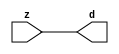

//------> /package/eda/mg/Catapult_10.3d/Mgc_home/pkgs/siflibs/mgc_in_wire_v2.v 
//------------------------------------------------------------------------------
// Catapult Synthesis - Sample I/O Port Library
//
// Copyright (c) 2003-2017 Mentor Graphics Corp.
//       All Rights Reserved
//
// This document may be used and distributed without restriction provided that
// this copyright statement is not removed from the file and that any derivative
// work contains this copyright notice.
//
// The design information contained in this file is intended to be an example
// of the functionality which the end user may study in preparation for creating
// their own custom interfaces. This design does not necessarily present a 
// complete implementation of the named protocol or standard.
//
//------------------------------------------------------------------------------


module mgc_in_wire_v2 (d, z);

  parameter integer rscid = 1;
  parameter integer width = 8;

  output [width-1:0] d;
  input  [width-1:0] z;

  wire   [width-1:0] d;

  assign d = z;

endmodule


//------> /package/eda/mg/Catapult_10.3d/Mgc_home/pkgs/siflibs/ccs_in_v1.v 
//------------------------------------------------------------------------------
// Catapult Synthesis - Sample I/O Port Library
//
// Copyright (c) 2003-2017 Mentor Graphics Corp.
//       All Rights Reserved
//
// This document may be used and distributed without restriction provided that
// this copyright statement is not removed from the file and that any derivative
// work contains this copyright notice.
//
// The design information contained in this file is intended to be an example
// of the functionality which the end user may study in preparation for creating
// their own custom interfaces. This design does not necessarily present a 
// complete implementation of the named protocol or standard.
//
//------------------------------------------------------------------------------


module ccs_in_v1 (idat, dat);

  parameter integer rscid = 1;
  parameter integer width = 8;

  output [width-1:0] idat;
  input  [width-1:0] dat;

  wire   [width-1:0] idat;

  assign idat = dat;

endmodule


//------> /package/eda/mg/Catapult_10.3d/Mgc_home/pkgs/siflibs/ccs_out_v1.v 
//------------------------------------------------------------------------------
// Catapult Synthesis - Sample I/O Port Library
//
// Copyright (c) 2003-2015 Mentor Graphics Corp.
//       All Rights Reserved
//
// This document may be used and distributed without restriction provided that
// this copyright statement is not removed from the file and that any derivative
// work contains this copyright notice.
//
// The design information contained in this file is intended to be an example
// of the functionality which the end user may study in preparation for creating
// their own custom interfaces. This design does not necessarily present a 
// complete implementation of the named protocol or standard.
//
//------------------------------------------------------------------------------

module ccs_out_v1 (dat, idat);

  parameter integer rscid = 1;
  parameter integer width = 8;

  output   [width-1:0] dat;
  input    [width-1:0] idat;

  wire     [width-1:0] dat;

  assign dat = idat;

endmodule




//------> /package/eda/mg/Catapult_10.3d/Mgc_home/pkgs/siflibs/mgc_io_sync_v2.v 
//------------------------------------------------------------------------------
// Catapult Synthesis - Sample I/O Port Library
//
// Copyright (c) 2003-2017 Mentor Graphics Corp.
//       All Rights Reserved
//
// This document may be used and distributed without restriction provided that
// this copyright statement is not removed from the file and that any derivative
// work contains this copyright notice.
//
// The design information contained in this file is intended to be an example
// of the functionality which the end user may study in preparation for creating
// their own custom interfaces. This design does not necessarily present a 
// complete implementation of the named protocol or standard.
//
//------------------------------------------------------------------------------


module mgc_io_sync_v2 (ld, lz);
    parameter valid = 0;

    input  ld;
    output lz;

    wire   lz;

    assign lz = ld;

endmodule


//------> /package/eda/mg/Catapult_10.3d/Mgc_home/pkgs/ccs_altera/hdl/M10K_DP.v 
// Memory Type:            M10K
// Operating Mode:         Simple Dual Port (2-PORT)
// Clock Mode:             Single Clock

// RTL Code RW Resolution: write-thru 
// Hardware RW Resolution: dont care 
// Catapult RW Resolution: unknown 

// HDL Work Library:       Altera_RAMS_lib
// Component Name:         M10K_DP

module M10K_DP
#(
  parameter data_width = 8,
  parameter addr_width = 7,
  parameter depth = 128 
)(
  clk, adra, adrb, wea, web, da, db, rea, reb, qa, qb
);

  input clk;                     // Rising edge clock
  input [addr_width-1:0] adra;   // Port A - Address
  input [addr_width-1:0] adrb;   // Port B - Address
  input wea;                     // Port A - Write-enable active high
  input web;                     // Port B - Write-enable active high
  input [data_width-1:0] da;     // Port A - Data In
  input [data_width-1:0] db;     // Port B - Data In
  input rea;                     // Port A - Read-enable active high
  input reb;                     // Port B - Read-enable active high
  output[data_width-1:0] qa;     // Port A - Data Out
  output[data_width-1:0] qb;     // Port B - Data Out

  reg [data_width-1:0] qa;
  reg [data_width-1:0] qb;

  (* ramstyle = "no_rw_check, M10K" *)
  reg [data_width-1:0] mem [depth-1:0]; /* synthesis syn_ramstyle = "no_rw_check, M10K" */

  always @(posedge clk) begin
    if (wea) begin
      mem[adra] <= da;
    end
    if (rea) begin
      qa <= mem[adra];
    end
  end

  always @(posedge clk) begin
    if (web) begin
      mem[adrb] <= db;
    end
    if (reb) begin
      qb <= mem[adrb] ;
    end
  end

endmodule


//------> ./rtl.v 
// ----------------------------------------------------------------------
//  HLS HDL:        Verilog Netlister
//  HLS Version:    10.3d/815731 Production Release
//  HLS Date:       Wed Apr 24 14:54:19 PDT 2019
// 
//  Generated by:   695r48@ecegrid-thin4.ecn.purdue.edu
//  Generated date: Wed Nov 10 15:48:11 2021
// ----------------------------------------------------------------------

// 
// ------------------------------------------------------------------
//  Design Unit:    fir_Altera_M10K_M10K_DP_rwport_4_16_5_32_32_16_gen
// ------------------------------------------------------------------


module fir_Altera_M10K_M10K_DP_rwport_4_16_5_32_32_16_gen (
  qb, reb, db, web, adrb, qa, rea, da, wea, adra, adra_d, wea_d, da_d, rea_d, qa_d,
      rwportA_rw_ram_ir_internal_RMASK_B_d, rwportA_rw_ram_ir_internal_WMASK_B_d
);
  input [15:0] qb;
  output reb;
  output [15:0] db;
  output web;
  output [4:0] adrb;
  input [15:0] qa;
  output rea;
  output [15:0] da;
  output wea;
  output [4:0] adra;
  input [9:0] adra_d;
  input [1:0] wea_d;
  input [31:0] da_d;
  input [1:0] rea_d;
  output [31:0] qa_d;
  input [1:0] rwportA_rw_ram_ir_internal_RMASK_B_d;
  input [1:0] rwportA_rw_ram_ir_internal_WMASK_B_d;



  // Interconnect Declarations for Component Instantiations 
  assign qa_d[31:16] = qb;
  assign reb = (rwportA_rw_ram_ir_internal_RMASK_B_d[1]);
  assign db = (da_d[31:16]);
  assign web = (rwportA_rw_ram_ir_internal_WMASK_B_d[1]);
  assign adrb = (adra_d[9:5]);
  assign qa_d[15:0] = qa;
  assign rea = (rwportA_rw_ram_ir_internal_RMASK_B_d[0]);
  assign da = (da_d[15:0]);
  assign wea = (rwportA_rw_ram_ir_internal_WMASK_B_d[0]);
  assign adra = (adra_d[4:0]);
endmodule

// ------------------------------------------------------------------
//  Design Unit:    fir_core_core_fsm
//  FSM Module
// ------------------------------------------------------------------


module fir_core_core_fsm (
  clk, rst, fsm_output, regs_vinit_C_1_tr0, MAC_C_3_tr0
);
  input clk;
  input rst;
  output [13:0] fsm_output;
  reg [13:0] fsm_output;
  input regs_vinit_C_1_tr0;
  input MAC_C_3_tr0;


  // FSM State Type Declaration for fir_core_core_fsm_1
  parameter
    core_rlp_C_0 = 4'd0,
    regs_vinit_C_0 = 4'd1,
    regs_vinit_C_1 = 4'd2,
    main_C_0 = 4'd3,
    main_C_1 = 4'd4,
    MAC_C_0 = 4'd5,
    MAC_C_1 = 4'd6,
    MAC_C_2 = 4'd7,
    MAC_C_3 = 4'd8,
    MAC_C_4 = 4'd9,
    MAC_C_5 = 4'd10,
    MAC_C_6 = 4'd11,
    MAC_C_7 = 4'd12,
    main_C_2 = 4'd13;

  reg [3:0] state_var;
  reg [3:0] state_var_NS;


  // Interconnect Declarations for Component Instantiations 
  always @(*)
  begin : fir_core_core_fsm_1
    case (state_var)
      regs_vinit_C_0 : begin
        fsm_output = 14'b00000000000010;
        state_var_NS = regs_vinit_C_1;
      end
      regs_vinit_C_1 : begin
        fsm_output = 14'b00000000000100;
        if ( regs_vinit_C_1_tr0 ) begin
          state_var_NS = regs_vinit_C_0;
        end
        else begin
          state_var_NS = main_C_0;
        end
      end
      main_C_0 : begin
        fsm_output = 14'b00000000001000;
        state_var_NS = main_C_1;
      end
      main_C_1 : begin
        fsm_output = 14'b00000000010000;
        state_var_NS = MAC_C_0;
      end
      MAC_C_0 : begin
        fsm_output = 14'b00000000100000;
        state_var_NS = MAC_C_1;
      end
      MAC_C_1 : begin
        fsm_output = 14'b00000001000000;
        state_var_NS = MAC_C_2;
      end
      MAC_C_2 : begin
        fsm_output = 14'b00000010000000;
        state_var_NS = MAC_C_3;
      end
      MAC_C_3 : begin
        fsm_output = 14'b00000100000000;
        if ( MAC_C_3_tr0 ) begin
          state_var_NS = main_C_2;
        end
        else begin
          state_var_NS = MAC_C_4;
        end
      end
      MAC_C_4 : begin
        fsm_output = 14'b00001000000000;
        state_var_NS = MAC_C_5;
      end
      MAC_C_5 : begin
        fsm_output = 14'b00010000000000;
        state_var_NS = MAC_C_6;
      end
      MAC_C_6 : begin
        fsm_output = 14'b00100000000000;
        state_var_NS = MAC_C_7;
      end
      MAC_C_7 : begin
        fsm_output = 14'b01000000000000;
        state_var_NS = MAC_C_0;
      end
      main_C_2 : begin
        fsm_output = 14'b10000000000000;
        state_var_NS = main_C_0;
      end
      // core_rlp_C_0
      default : begin
        fsm_output = 14'b00000000000001;
        state_var_NS = regs_vinit_C_0;
      end
    endcase
  end

  always @(posedge clk) begin
    if ( rst ) begin
      state_var <= core_rlp_C_0;
    end
    else begin
      state_var <= state_var_NS;
    end
  end

endmodule

// ------------------------------------------------------------------
//  Design Unit:    fir_core
// ------------------------------------------------------------------


module fir_core (
  clk, rst, coeffs_rsc_z, coeffs_rsc_triosy_lz, in1_rsc_dat, in1_rsc_triosy_lz, out1_rsc_dat,
      out1_rsc_triosy_lz, regs_rsci_adra_d, regs_rsci_wea_d, regs_rsci_da_d, regs_rsci_rea_d,
      regs_rsci_qa_d, regs_rsci_rwportA_rw_ram_ir_internal_RMASK_B_d, regs_rsci_rwportA_rw_ram_ir_internal_WMASK_B_d
);
  input clk;
  input rst;
  input [511:0] coeffs_rsc_z;
  output coeffs_rsc_triosy_lz;
  input [15:0] in1_rsc_dat;
  output in1_rsc_triosy_lz;
  output [15:0] out1_rsc_dat;
  output out1_rsc_triosy_lz;
  output [9:0] regs_rsci_adra_d;
  output [1:0] regs_rsci_wea_d;
  output [15:0] regs_rsci_da_d;
  output [1:0] regs_rsci_rea_d;
  input [31:0] regs_rsci_qa_d;
  output [1:0] regs_rsci_rwportA_rw_ram_ir_internal_RMASK_B_d;
  output [1:0] regs_rsci_rwportA_rw_ram_ir_internal_WMASK_B_d;


  // Interconnect Declarations
  wire [511:0] coeffs_rsci_d;
  wire [15:0] in1_rsci_idat;
  reg [15:0] out1_rsci_idat;
  wire [13:0] fsm_output;
  wire [4:0] MAC_slc_MAC_2_MAC_acc_tmp;
  wire [5:0] nl_MAC_slc_MAC_2_MAC_acc_tmp;
  wire [4:0] MAC_6_else_acc_tmp;
  wire [5:0] nl_MAC_6_else_acc_tmp;
  wire or_dcpl_16;
  wire or_dcpl_27;
  wire or_tmp_39;
  wire [4:0] wptr_4_0_5_lpi_2_dfm_mx0w1;
  wire [4:0] wptr_4_0_4_lpi_2_dfm_1;
  reg [4:0] wptr_4_0_4_sva_1;
  wire [4:0] wptr_4_0_3_lpi_2_dfm_mx0w1;
  reg [4:0] wptr_4_0_1_sva;
  reg regs_regs_nor_itm;
  wire [4:0] wptr_4_0_2_lpi_2_dfm_1;
  wire [4:0] wptr_4_0_lpi_2_dfm_mx0w2;
  reg [4:0] regs_acc_itm;
  reg MAC_MAC_nor_10_itm;
  reg reg_MAC_slc_MAC_2_MAC_acc_psp_ftd;
  reg reg_out1_rsc_triosy_obj_ld_cse;
  wire reg_out1_out1_and_cse;
  reg [3:0] MAC_i_4_1_sva;
  wire MAC_nor_9_cse;
  wire MAC_nor_10_cse;
  wire MAC_nor_7_cse;
  wire MAC_nor_8_cse;
  wire regs_and_cse;
  wire or_45_cse;
  wire or_46_rmff;
  wire or_94_tmp;
  wire [4:0] z_out;
  wire [5:0] nl_z_out;
  wire [4:0] z_out_1;
  wire [5:0] nl_z_out_1;
  wire [29:0] z_out_2;
  wire [30:0] nl_z_out_2;
  wire [29:0] z_out_3;
  wire signed [31:0] nl_z_out_3;
  wire [29:0] z_out_4;
  wire signed [31:0] nl_z_out_4;
  reg [29:0] acc_32_3_1_sva;
  reg [15:0] MAC_mux_itm;
  reg [29:0] MAC_2_mul_itm;
  reg [15:0] MAC_mux_7_itm;
  reg [29:0] MAC_5_mul_itm;
  reg [15:0] MAC_slc_regs_rsci_qa_d_15_0_1_itm;
  reg [15:0] MAC_mux_8_itm;
  reg [15:0] MAC_mux_9_itm;
  reg [15:0] MAC_mux_10_itm;
  wire or_75_tmp;
  wire or_74_tmp;
  wire MAC_nor_12_cse;
  wire MAC_nor_cse;
  wire MAC_nor_11_cse;
  wire MAC_nor_19_cse;
  wire MAC_nor_20_cse;
  wire MAC_nor_21_cse;

  wire[4:0] mux_nl;
  wire[0:0] and_136_nl;
  wire[0:0] not_44_nl;
  wire[4:0] MAC_MAC_or_5_nl;
  wire[0:0] or_61_nl;
  wire[29:0] acc_mux_nl;
  wire[29:0] MAC_6_acc_1_nl;
  wire[30:0] nl_MAC_6_acc_1_nl;
  wire[0:0] acc_not_nl;
  wire[3:0] MAC_slc_MAC_6_MAC_acc_nl;
  wire[4:0] nl_MAC_slc_MAC_6_MAC_acc_nl;
  wire[0:0] nor_7_nl;
  wire[4:0] MAC_3_else_acc_nl;
  wire[5:0] nl_MAC_3_else_acc_nl;
  wire[0:0] MAC_and_6_nl;
  wire[0:0] MAC_and_7_nl;
  wire[0:0] MAC_and_8_nl;
  wire[0:0] MAC_and_9_nl;
  wire[0:0] MAC_and_10_nl;
  wire[0:0] MAC_and_11_nl;
  wire[0:0] MAC_and_26_nl;
  wire[0:0] MAC_and_27_nl;
  wire[0:0] MAC_and_28_nl;
  wire[0:0] MAC_and_29_nl;
  wire[0:0] MAC_and_30_nl;
  wire[0:0] MAC_and_21_nl;
  wire[0:0] MAC_and_22_nl;
  wire[0:0] MAC_and_23_nl;
  wire[0:0] MAC_and_24_nl;
  wire[0:0] MAC_and_25_nl;
  wire[0:0] MAC_and_16_nl;
  wire[0:0] MAC_and_17_nl;
  wire[0:0] MAC_and_18_nl;
  wire[0:0] MAC_and_19_nl;
  wire[0:0] MAC_and_20_nl;
  wire[0:0] MAC_and_nl;
  wire[0:0] MAC_and_12_nl;
  wire[0:0] MAC_and_13_nl;
  wire[0:0] MAC_and_14_nl;
  wire[0:0] MAC_and_15_nl;
  wire[0:0] MAC_MAC_nor_7_nl;
  wire[0:0] MAC_MAC_nor_10_nl;
  wire[0:0] nand_nl;
  wire[0:0] MAC_MAC_nor_12_nl;
  wire[0:0] MAC_and_1_nl;
  wire[0:0] MAC_and_2_nl;
  wire[0:0] MAC_and_3_nl;
  wire[0:0] MAC_and_4_nl;
  wire[0:0] MAC_and_5_nl;
  wire[29:0] MAC_2_mul_nl;
  wire signed [31:0] nl_MAC_2_mul_nl;
  wire[29:0] MAC_acc_4_nl;
  wire[30:0] nl_MAC_acc_4_nl;
  wire[29:0] MAC_acc_nl;
  wire[30:0] nl_MAC_acc_nl;
  wire[29:0] MAC_acc_3_nl;
  wire[30:0] nl_MAC_acc_3_nl;
  wire[29:0] MAC_6_mul_nl;
  wire signed [31:0] nl_MAC_6_mul_nl;
  wire[0:0] MAC_MAC_nor_6_nl;
  wire[4:0] MAC_5_else_acc_nl;
  wire[5:0] nl_MAC_5_else_acc_nl;
  wire[0:0] MAC_MAC_nor_9_nl;
  wire[4:0] MAC_4_else_acc_nl;
  wire[5:0] nl_MAC_4_else_acc_nl;
  wire[0:0] MAC_MAC_nor_8_nl;
  wire[0:0] MAC_MAC_nor_nl;
  wire[4:0] regs_mux1h_nl;
  wire[4:0] regs_mux1h_4_nl;
  wire[0:0] regs_or_1_nl;
  wire[4:0] else_mux_1_nl;
  wire[4:0] regs_mux_2_nl;
  wire[15:0] MAC_mux_16_nl;
  wire[15:0] MAC_mux_17_nl;
  wire[15:0] MAC_mux_18_nl;

  // Interconnect Declarations for Component Instantiations 
  wire [0:0] nl_fir_core_core_fsm_inst_regs_vinit_C_1_tr0;
  assign nl_fir_core_core_fsm_inst_regs_vinit_C_1_tr0 = ~ regs_regs_nor_itm;
  wire [0:0] nl_fir_core_core_fsm_inst_MAC_C_3_tr0;
  assign nl_fir_core_core_fsm_inst_MAC_C_3_tr0 = reg_MAC_slc_MAC_2_MAC_acc_psp_ftd;
  mgc_in_wire_v2 #(.rscid(32'sd1),
  .width(32'sd512)) coeffs_rsci (
      .d(coeffs_rsci_d),
      .z(coeffs_rsc_z)
    );
  ccs_in_v1 #(.rscid(32'sd2),
  .width(32'sd16)) in1_rsci (
      .dat(in1_rsc_dat),
      .idat(in1_rsci_idat)
    );
  ccs_out_v1 #(.rscid(32'sd3),
  .width(32'sd16)) out1_rsci (
      .idat(out1_rsci_idat),
      .dat(out1_rsc_dat)
    );
  mgc_io_sync_v2 #(.valid(32'sd0)) coeffs_rsc_triosy_obj (
      .ld(reg_out1_rsc_triosy_obj_ld_cse),
      .lz(coeffs_rsc_triosy_lz)
    );
  mgc_io_sync_v2 #(.valid(32'sd0)) in1_rsc_triosy_obj (
      .ld(reg_out1_rsc_triosy_obj_ld_cse),
      .lz(in1_rsc_triosy_lz)
    );
  mgc_io_sync_v2 #(.valid(32'sd0)) out1_rsc_triosy_obj (
      .ld(reg_out1_rsc_triosy_obj_ld_cse),
      .lz(out1_rsc_triosy_lz)
    );
  fir_core_core_fsm fir_core_core_fsm_inst (
      .clk(clk),
      .rst(rst),
      .fsm_output(fsm_output),
      .regs_vinit_C_1_tr0(nl_fir_core_core_fsm_inst_regs_vinit_C_1_tr0[0:0]),
      .MAC_C_3_tr0(nl_fir_core_core_fsm_inst_MAC_C_3_tr0[0:0])
    );
  assign reg_out1_out1_and_cse = (fsm_output[8]) & reg_MAC_slc_MAC_2_MAC_acc_psp_ftd;
  assign or_45_cse = (fsm_output[3]) | (fsm_output[1]);
  assign or_46_rmff = (fsm_output[7:5]!=3'b000);
  assign regs_and_cse = (fsm_output[2]) & regs_regs_nor_itm;
  assign or_94_tmp = regs_and_cse | ((~ MAC_MAC_nor_10_itm) & (fsm_output[13]));
  assign MAC_nor_9_cse = ~((MAC_i_4_1_sva[2:1]!=2'b00));
  assign MAC_nor_10_cse = ~((MAC_i_4_1_sva[1:0]!=2'b00));
  assign MAC_nor_7_cse = ~((MAC_i_4_1_sva[3:2]!=2'b00));
  assign MAC_nor_8_cse = ~((MAC_i_4_1_sva[3]) | (MAC_i_4_1_sva[0]));
  assign or_74_tmp = or_dcpl_27 | (fsm_output[9]) | or_dcpl_16;
  assign MAC_nor_cse = ~((z_out[3]) | (z_out[2]) | (z_out[0]));
  assign MAC_nor_11_cse = ~((z_out[3]) | (z_out[1]));
  assign MAC_nor_12_cse = ~((z_out[2:0]!=3'b000));
  assign or_75_tmp = or_dcpl_27 | (fsm_output[9:8]!=2'b00);
  assign MAC_nor_19_cse = ~((MAC_slc_MAC_2_MAC_acc_tmp[3:1]!=3'b000));
  assign MAC_nor_20_cse = ~((MAC_slc_MAC_2_MAC_acc_tmp[3]) | (MAC_slc_MAC_2_MAC_acc_tmp[1])
      | (MAC_slc_MAC_2_MAC_acc_tmp[0]));
  assign MAC_nor_21_cse = ~((MAC_slc_MAC_2_MAC_acc_tmp[2]) | (MAC_slc_MAC_2_MAC_acc_tmp[0]));
  assign MAC_MAC_nor_6_nl = ~((wptr_4_0_2_lpi_2_dfm_1!=5'b00000));
  assign wptr_4_0_3_lpi_2_dfm_mx0w1 = MUX_v_5_2_2(z_out_1, 5'b11111, (MAC_MAC_nor_6_nl));
  assign nl_MAC_5_else_acc_nl = wptr_4_0_5_lpi_2_dfm_mx0w1 + 5'b11111;
  assign MAC_5_else_acc_nl = nl_MAC_5_else_acc_nl[4:0];
  assign MAC_MAC_nor_9_nl = ~((wptr_4_0_5_lpi_2_dfm_mx0w1!=5'b00000));
  assign wptr_4_0_lpi_2_dfm_mx0w2 = MUX_v_5_2_2((MAC_5_else_acc_nl), 5'b11111, (MAC_MAC_nor_9_nl));
  assign nl_MAC_4_else_acc_nl = wptr_4_0_4_lpi_2_dfm_1 + 5'b11111;
  assign MAC_4_else_acc_nl = nl_MAC_4_else_acc_nl[4:0];
  assign MAC_MAC_nor_8_nl = ~((wptr_4_0_4_lpi_2_dfm_1!=5'b00000));
  assign wptr_4_0_5_lpi_2_dfm_mx0w1 = MUX_v_5_2_2((MAC_4_else_acc_nl), 5'b11111,
      (MAC_MAC_nor_8_nl));
  assign MAC_MAC_nor_nl = ~((wptr_4_0_1_sva!=5'b00000));
  assign wptr_4_0_2_lpi_2_dfm_1 = MUX_v_5_2_2(MAC_6_else_acc_tmp, 5'b11111, (MAC_MAC_nor_nl));
  assign nl_MAC_6_else_acc_tmp = wptr_4_0_1_sva + 5'b11111;
  assign MAC_6_else_acc_tmp = nl_MAC_6_else_acc_tmp[4:0];
  assign nl_MAC_slc_MAC_2_MAC_acc_tmp = conv_u2s_4_5(MAC_i_4_1_sva) + 5'b00001;
  assign MAC_slc_MAC_2_MAC_acc_tmp = nl_MAC_slc_MAC_2_MAC_acc_tmp[4:0];
  assign wptr_4_0_4_lpi_2_dfm_1 = MUX_v_5_2_2(wptr_4_0_4_sva_1, 5'b11111, MAC_MAC_nor_10_itm);
  assign or_dcpl_16 = (fsm_output[10]) | (fsm_output[8]);
  assign or_dcpl_27 = (fsm_output[7:6]!=2'b00);
  assign or_tmp_39 = or_dcpl_27 | (fsm_output[8]);
  assign regs_mux1h_nl = MUX1HOT_v_5_3_2(wptr_4_0_2_lpi_2_dfm_1, wptr_4_0_1_sva,
      wptr_4_0_4_sva_1, {(fsm_output[5]) , (fsm_output[6]) , (fsm_output[7])});
  assign regs_or_1_nl = (fsm_output[5]) | (fsm_output[7]);
  assign regs_mux1h_4_nl = MUX1HOT_v_5_3_2(regs_acc_itm, wptr_4_0_1_sva, wptr_4_0_4_lpi_2_dfm_1,
      {or_45_cse , (regs_or_1_nl) , (fsm_output[6])});
  assign regs_rsci_adra_d = {(regs_mux1h_nl) , (regs_mux1h_4_nl)};
  assign regs_rsci_wea_d = {1'b0 , or_45_cse};
  assign regs_rsci_rea_d = {{1{or_46_rmff}}, or_46_rmff};
  assign regs_rsci_rwportA_rw_ram_ir_internal_RMASK_B_d = {{1{or_46_rmff}}, or_46_rmff};
  assign regs_rsci_rwportA_rw_ram_ir_internal_WMASK_B_d = {1'b0 , or_45_cse};
  assign regs_rsci_da_d = MUX_v_16_2_2(16'b0000000000000000, in1_rsci_idat, (fsm_output[3]));
  always @(posedge clk) begin
    if ( rst ) begin
      reg_out1_rsc_triosy_obj_ld_cse <= 1'b0;
      regs_regs_nor_itm <= 1'b0;
      wptr_4_0_1_sva <= 5'b00000;
      wptr_4_0_4_sva_1 <= 5'b00000;
      MAC_MAC_nor_10_itm <= 1'b0;
    end
    else begin
      reg_out1_rsc_triosy_obj_ld_cse <= reg_out1_out1_and_cse;
      regs_regs_nor_itm <= ~((regs_acc_itm!=5'b00000));
      wptr_4_0_1_sva <= MUX1HOT_v_5_5_2(regs_acc_itm, wptr_4_0_3_lpi_2_dfm_mx0w1,
          wptr_4_0_lpi_2_dfm_mx0w2, (MAC_MAC_or_5_nl), wptr_4_0_1_sva, {(fsm_output[4])
          , (fsm_output[5]) , (fsm_output[6]) , (fsm_output[7]) , (or_61_nl)});
      wptr_4_0_4_sva_1 <= MUX_v_5_2_2((MAC_3_else_acc_nl), wptr_4_0_5_lpi_2_dfm_mx0w1,
          fsm_output[6]);
      MAC_MAC_nor_10_itm <= MUX1HOT_s_1_3_2((MAC_MAC_nor_7_nl), (MAC_MAC_nor_10_nl),
          (nand_nl), {(fsm_output[5]) , (fsm_output[6]) , (fsm_output[8])});
    end
  end
  always @(posedge clk) begin
    if ( rst ) begin
      out1_rsci_idat <= 16'b0000000000000000;
    end
    else if ( reg_out1_out1_and_cse ) begin
      out1_rsci_idat <= z_out_2[29:14];
    end
  end
  always @(posedge clk) begin
    if ( rst ) begin
      regs_acc_itm <= 5'b11111;
    end
    else if ( regs_and_cse | (fsm_output[1]) | (fsm_output[13]) ) begin
      regs_acc_itm <= MUX_v_5_2_2(5'b00000, (mux_nl), (not_44_nl));
    end
  end
  always @(posedge clk) begin
    if ( rst ) begin
      acc_32_3_1_sva <= 30'b000000000000000000000000000000;
    end
    else if ( (fsm_output[4]) | (fsm_output[12]) | (fsm_output[8]) ) begin
      acc_32_3_1_sva <= MUX_v_30_2_2(30'b000000000000000000000000000000, (acc_mux_nl),
          (acc_not_nl));
    end
  end
  always @(posedge clk) begin
    if ( rst ) begin
      MAC_i_4_1_sva <= 4'b0000;
    end
    else if ( (fsm_output[12:6]==7'b0000000) ) begin
      MAC_i_4_1_sva <= MUX_v_4_2_2(4'b0000, (MAC_slc_MAC_6_MAC_acc_nl), (nor_7_nl));
    end
  end
  always @(posedge clk) begin
    if ( rst ) begin
      MAC_mux_itm <= 16'b0000000000000000;
    end
    else if ( ~((fsm_output[6]) | (fsm_output[9]) | (fsm_output[8])) ) begin
      MAC_mux_itm <= MUX1HOT_v_16_7_2((coeffs_rsci_d[15:0]), (coeffs_rsci_d[111:96]),
          (coeffs_rsci_d[207:192]), (coeffs_rsci_d[303:288]), (coeffs_rsci_d[399:384]),
          (coeffs_rsci_d[495:480]), (regs_rsci_qa_d[31:16]), {(MAC_and_6_nl) , (MAC_and_7_nl)
          , (MAC_and_8_nl) , (MAC_and_9_nl) , (MAC_and_10_nl) , (MAC_and_11_nl) ,
          (fsm_output[7])});
    end
  end
  always @(posedge clk) begin
    if ( rst ) begin
      MAC_mux_8_itm <= 16'b0000000000000000;
    end
    else if ( ~ or_74_tmp ) begin
      MAC_mux_8_itm <= MUX1HOT_v_16_5_2((coeffs_rsci_d[95:80]), (coeffs_rsci_d[191:176]),
          (coeffs_rsci_d[287:272]), (coeffs_rsci_d[383:368]), (coeffs_rsci_d[479:464]),
          {(MAC_and_26_nl) , (MAC_and_27_nl) , (MAC_and_28_nl) , (MAC_and_29_nl)
          , (MAC_and_30_nl)});
    end
  end
  always @(posedge clk) begin
    if ( rst ) begin
      MAC_mux_9_itm <= 16'b0000000000000000;
    end
    else if ( ~ or_75_tmp ) begin
      MAC_mux_9_itm <= MUX1HOT_v_16_5_2((coeffs_rsci_d[47:32]), (coeffs_rsci_d[143:128]),
          (coeffs_rsci_d[239:224]), (coeffs_rsci_d[335:320]), (coeffs_rsci_d[431:416]),
          {(MAC_and_21_nl) , (MAC_and_22_nl) , (MAC_and_23_nl) , (MAC_and_24_nl)
          , (MAC_and_25_nl)});
    end
  end
  always @(posedge clk) begin
    if ( rst ) begin
      MAC_mux_7_itm <= 16'b0000000000000000;
    end
    else if ( ~ or_tmp_39 ) begin
      MAC_mux_7_itm <= MUX1HOT_v_16_5_2((coeffs_rsci_d[79:64]), (coeffs_rsci_d[175:160]),
          (coeffs_rsci_d[271:256]), (coeffs_rsci_d[367:352]), (coeffs_rsci_d[463:448]),
          {(MAC_and_16_nl) , (MAC_and_17_nl) , (MAC_and_18_nl) , (MAC_and_19_nl)
          , (MAC_and_20_nl)});
    end
  end
  always @(posedge clk) begin
    if ( rst ) begin
      MAC_mux_10_itm <= 16'b0000000000000000;
    end
    else if ( ~ or_dcpl_27 ) begin
      MAC_mux_10_itm <= MUX1HOT_v_16_6_2((coeffs_rsci_d[63:48]), (coeffs_rsci_d[159:144]),
          (coeffs_rsci_d[255:240]), (coeffs_rsci_d[351:336]), (coeffs_rsci_d[447:432]),
          (regs_rsci_qa_d[31:16]), {(MAC_and_nl) , (MAC_and_12_nl) , (MAC_and_13_nl)
          , (MAC_and_14_nl) , (MAC_and_15_nl) , (fsm_output[8])});
    end
  end
  always @(posedge clk) begin
    if ( rst ) begin
      MAC_slc_regs_rsci_qa_d_15_0_1_itm <= 16'b0000000000000000;
    end
    else if ( (fsm_output[5]) | or_tmp_39 ) begin
      MAC_slc_regs_rsci_qa_d_15_0_1_itm <= MUX1HOT_v_16_7_2((coeffs_rsci_d[31:16]),
          (coeffs_rsci_d[127:112]), (coeffs_rsci_d[223:208]), (coeffs_rsci_d[319:304]),
          (coeffs_rsci_d[415:400]), (coeffs_rsci_d[511:496]), (regs_rsci_qa_d[15:0]),
          {(MAC_MAC_nor_12_nl) , (MAC_and_1_nl) , (MAC_and_2_nl) , (MAC_and_3_nl)
          , (MAC_and_4_nl) , (MAC_and_5_nl) , or_tmp_39});
    end
  end
  always @(posedge clk) begin
    if ( rst ) begin
      MAC_2_mul_itm <= 30'b000000000000000000000000000000;
    end
    else if ( (fsm_output[6]) | (fsm_output[10]) | (fsm_output[8]) ) begin
      MAC_2_mul_itm <= MUX1HOT_v_30_3_2((MAC_2_mul_nl), z_out_3, (MAC_acc_4_nl),
          {(fsm_output[6]) , (fsm_output[8]) , (fsm_output[10])});
    end
  end
  always @(posedge clk) begin
    if ( rst ) begin
      MAC_5_mul_itm <= 30'b000000000000000000000000000000;
    end
    else if ( (fsm_output[7]) | (fsm_output[11]) | (fsm_output[9]) ) begin
      MAC_5_mul_itm <= MUX1HOT_v_30_3_2((MAC_acc_nl), z_out_4, (MAC_acc_3_nl), {(fsm_output[7])
          , (fsm_output[9]) , (fsm_output[11])});
    end
  end
  always @(posedge clk) begin
    if ( rst ) begin
      reg_MAC_slc_MAC_2_MAC_acc_psp_ftd <= 1'b0;
    end
    else if ( fsm_output[5] ) begin
      reg_MAC_slc_MAC_2_MAC_acc_psp_ftd <= MAC_slc_MAC_2_MAC_acc_tmp[4];
    end
  end
  assign MAC_MAC_or_5_nl = MUX_v_5_2_2(MAC_6_else_acc_tmp, 5'b11111, MAC_MAC_nor_10_itm);
  assign or_61_nl = (fsm_output[11]) | (fsm_output[12]) | (fsm_output[9]) | or_dcpl_16;
  assign nl_MAC_3_else_acc_nl = wptr_4_0_3_lpi_2_dfm_mx0w1 + 5'b11111;
  assign MAC_3_else_acc_nl = nl_MAC_3_else_acc_nl[4:0];
  assign MAC_MAC_nor_7_nl = ~((wptr_4_0_3_lpi_2_dfm_mx0w1!=5'b00000));
  assign MAC_MAC_nor_10_nl = ~((wptr_4_0_lpi_2_dfm_mx0w2!=5'b00000));
  assign nand_nl = ~((regs_acc_itm==5'b11111));
  assign and_136_nl = (fsm_output[13]) & (~ or_94_tmp);
  assign mux_nl = MUX_v_5_2_2(z_out_1, z_out, and_136_nl);
  assign not_44_nl = ~ or_94_tmp;
  assign nl_MAC_6_acc_1_nl = z_out_2 + MAC_2_mul_itm;
  assign MAC_6_acc_1_nl = nl_MAC_6_acc_1_nl[29:0];
  assign acc_mux_nl = MUX_v_30_2_2(z_out_2, (MAC_6_acc_1_nl), fsm_output[12]);
  assign acc_not_nl = ~ (fsm_output[4]);
  assign nl_MAC_slc_MAC_6_MAC_acc_nl = (z_out[3:0]) + 4'b0001;
  assign MAC_slc_MAC_6_MAC_acc_nl = nl_MAC_slc_MAC_6_MAC_acc_nl[3:0];
  assign nor_7_nl = ~((fsm_output[0]) | (fsm_output[3]) | (fsm_output[4]) | (fsm_output[13])
      | (fsm_output[1]) | (fsm_output[2]));
  assign MAC_and_6_nl = (MAC_i_4_1_sva==4'b0000) & (fsm_output[5]);
  assign MAC_and_7_nl = (MAC_i_4_1_sva[1:0]==2'b11) & MAC_nor_7_cse & (fsm_output[5]);
  assign MAC_and_8_nl = (MAC_i_4_1_sva[2:1]==2'b11) & MAC_nor_8_cse & (fsm_output[5]);
  assign MAC_and_9_nl = (MAC_i_4_1_sva[3]) & (MAC_i_4_1_sva[0]) & MAC_nor_9_cse &
      (fsm_output[5]);
  assign MAC_and_10_nl = (MAC_i_4_1_sva[3:2]==2'b11) & MAC_nor_10_cse & (fsm_output[5]);
  assign MAC_and_11_nl = (MAC_i_4_1_sva==4'b1111) & (fsm_output[5]);
  assign MAC_and_26_nl = (z_out[1]) & MAC_nor_cse & (~ or_74_tmp);
  assign MAC_and_27_nl = (z_out[2]) & (z_out[0]) & MAC_nor_11_cse & (~ or_74_tmp);
  assign MAC_and_28_nl = (z_out[3]) & MAC_nor_12_cse & (~ or_74_tmp);
  assign MAC_and_29_nl = (z_out[3:0]==4'b1011) & (~ or_74_tmp);
  assign MAC_and_30_nl = (z_out[3:0]==4'b1110) & (~ or_74_tmp);
  assign MAC_and_21_nl = (MAC_slc_MAC_2_MAC_acc_tmp[0]) & MAC_nor_19_cse & (~ or_75_tmp);
  assign MAC_and_22_nl = (MAC_slc_MAC_2_MAC_acc_tmp[2]) & MAC_nor_20_cse & (~ or_75_tmp);
  assign MAC_and_23_nl = (MAC_slc_MAC_2_MAC_acc_tmp[3:0]==4'b0111) & (~ or_75_tmp);
  assign MAC_and_24_nl = (MAC_slc_MAC_2_MAC_acc_tmp[3]) & (MAC_slc_MAC_2_MAC_acc_tmp[1])
      & MAC_nor_21_cse & (~ or_75_tmp);
  assign MAC_and_25_nl = (MAC_slc_MAC_2_MAC_acc_tmp[3:0]==4'b1101) & (~ or_75_tmp);
  assign MAC_and_16_nl = (z_out[1]) & MAC_nor_cse & (~ or_tmp_39);
  assign MAC_and_17_nl = (z_out[2]) & (z_out[0]) & MAC_nor_11_cse & (~ or_tmp_39);
  assign MAC_and_18_nl = (z_out[3]) & MAC_nor_12_cse & (~ or_tmp_39);
  assign MAC_and_19_nl = (z_out[3:0]==4'b1011) & (~ or_tmp_39);
  assign MAC_and_20_nl = (z_out[3:0]==4'b1110) & (~ or_tmp_39);
  assign MAC_and_nl = (MAC_slc_MAC_2_MAC_acc_tmp[0]) & MAC_nor_19_cse & (fsm_output[5]);
  assign MAC_and_12_nl = (MAC_slc_MAC_2_MAC_acc_tmp[2]) & MAC_nor_20_cse & (fsm_output[5]);
  assign MAC_and_13_nl = (MAC_slc_MAC_2_MAC_acc_tmp[3:0]==4'b0111) & (fsm_output[5]);
  assign MAC_and_14_nl = (MAC_slc_MAC_2_MAC_acc_tmp[3]) & (MAC_slc_MAC_2_MAC_acc_tmp[1])
      & MAC_nor_21_cse & (fsm_output[5]);
  assign MAC_and_15_nl = (MAC_slc_MAC_2_MAC_acc_tmp[3:0]==4'b1101) & (fsm_output[5]);
  assign MAC_MAC_nor_12_nl = ~((MAC_i_4_1_sva!=4'b0000) | or_tmp_39);
  assign MAC_and_1_nl = (MAC_i_4_1_sva[1:0]==2'b11) & MAC_nor_7_cse & (~ or_tmp_39);
  assign MAC_and_2_nl = (MAC_i_4_1_sva[2:1]==2'b11) & MAC_nor_8_cse & (~ or_tmp_39);
  assign MAC_and_3_nl = (MAC_i_4_1_sva[3]) & (MAC_i_4_1_sva[0]) & MAC_nor_9_cse &
      (~ or_tmp_39);
  assign MAC_and_4_nl = (MAC_i_4_1_sva[3:2]==2'b11) & MAC_nor_10_cse & (~ or_tmp_39);
  assign MAC_and_5_nl = (MAC_i_4_1_sva==4'b1111) & (~ or_tmp_39);
  assign nl_MAC_2_mul_nl = $signed((regs_rsci_qa_d[31:16])) * $signed(MAC_slc_regs_rsci_qa_d_15_0_1_itm);
  assign MAC_2_mul_nl = nl_MAC_2_mul_nl[29:0];
  assign nl_MAC_acc_4_nl = z_out_4 + MAC_2_mul_itm;
  assign MAC_acc_4_nl = nl_MAC_acc_4_nl[29:0];
  assign nl_MAC_acc_nl = z_out_3 + MAC_2_mul_itm;
  assign MAC_acc_nl = nl_MAC_acc_nl[29:0];
  assign nl_MAC_6_mul_nl = $signed(MAC_slc_regs_rsci_qa_d_15_0_1_itm) * $signed(MAC_mux_8_itm);
  assign MAC_6_mul_nl = nl_MAC_6_mul_nl[29:0];
  assign nl_MAC_acc_3_nl = MAC_5_mul_itm + (MAC_6_mul_nl);
  assign MAC_acc_3_nl = nl_MAC_acc_3_nl[29:0];
  assign else_mux_1_nl = MUX_v_5_2_2(regs_acc_itm, (signext_5_4(MAC_slc_MAC_2_MAC_acc_tmp[3:0])),
      fsm_output[5]);
  assign nl_z_out = (else_mux_1_nl) + 5'b00001;
  assign z_out = nl_z_out[4:0];
  assign regs_mux_2_nl = MUX_v_5_2_2(regs_acc_itm, wptr_4_0_2_lpi_2_dfm_1, fsm_output[5]);
  assign nl_z_out_1 = (regs_mux_2_nl) + 5'b11111;
  assign z_out_1 = nl_z_out_1[4:0];
  assign nl_z_out_2 = MAC_5_mul_itm + acc_32_3_1_sva;
  assign z_out_2 = nl_z_out_2[29:0];
  assign MAC_mux_16_nl = MUX_v_16_2_2(MAC_mux_10_itm, MAC_mux_itm, fsm_output[7]);
  assign nl_z_out_3 = $signed(MAC_slc_regs_rsci_qa_d_15_0_1_itm) * $signed((MAC_mux_16_nl));
  assign z_out_3 = nl_z_out_3[29:0];
  assign MAC_mux_17_nl = MUX_v_16_2_2(MAC_mux_itm, MAC_mux_10_itm, fsm_output[9]);
  assign MAC_mux_18_nl = MUX_v_16_2_2(MAC_mux_9_itm, MAC_mux_7_itm, fsm_output[9]);
  assign nl_z_out_4 = $signed((MAC_mux_17_nl)) * $signed((MAC_mux_18_nl));
  assign z_out_4 = nl_z_out_4[29:0];

  function automatic [0:0] MUX1HOT_s_1_3_2;
    input [0:0] input_2;
    input [0:0] input_1;
    input [0:0] input_0;
    input [2:0] sel;
    reg [0:0] result;
  begin
    result = input_0 & {1{sel[0]}};
    result = result | ( input_1 & {1{sel[1]}});
    result = result | ( input_2 & {1{sel[2]}});
    MUX1HOT_s_1_3_2 = result;
  end
  endfunction


  function automatic [15:0] MUX1HOT_v_16_5_2;
    input [15:0] input_4;
    input [15:0] input_3;
    input [15:0] input_2;
    input [15:0] input_1;
    input [15:0] input_0;
    input [4:0] sel;
    reg [15:0] result;
  begin
    result = input_0 & {16{sel[0]}};
    result = result | ( input_1 & {16{sel[1]}});
    result = result | ( input_2 & {16{sel[2]}});
    result = result | ( input_3 & {16{sel[3]}});
    result = result | ( input_4 & {16{sel[4]}});
    MUX1HOT_v_16_5_2 = result;
  end
  endfunction


  function automatic [15:0] MUX1HOT_v_16_6_2;
    input [15:0] input_5;
    input [15:0] input_4;
    input [15:0] input_3;
    input [15:0] input_2;
    input [15:0] input_1;
    input [15:0] input_0;
    input [5:0] sel;
    reg [15:0] result;
  begin
    result = input_0 & {16{sel[0]}};
    result = result | ( input_1 & {16{sel[1]}});
    result = result | ( input_2 & {16{sel[2]}});
    result = result | ( input_3 & {16{sel[3]}});
    result = result | ( input_4 & {16{sel[4]}});
    result = result | ( input_5 & {16{sel[5]}});
    MUX1HOT_v_16_6_2 = result;
  end
  endfunction


  function automatic [15:0] MUX1HOT_v_16_7_2;
    input [15:0] input_6;
    input [15:0] input_5;
    input [15:0] input_4;
    input [15:0] input_3;
    input [15:0] input_2;
    input [15:0] input_1;
    input [15:0] input_0;
    input [6:0] sel;
    reg [15:0] result;
  begin
    result = input_0 & {16{sel[0]}};
    result = result | ( input_1 & {16{sel[1]}});
    result = result | ( input_2 & {16{sel[2]}});
    result = result | ( input_3 & {16{sel[3]}});
    result = result | ( input_4 & {16{sel[4]}});
    result = result | ( input_5 & {16{sel[5]}});
    result = result | ( input_6 & {16{sel[6]}});
    MUX1HOT_v_16_7_2 = result;
  end
  endfunction


  function automatic [29:0] MUX1HOT_v_30_3_2;
    input [29:0] input_2;
    input [29:0] input_1;
    input [29:0] input_0;
    input [2:0] sel;
    reg [29:0] result;
  begin
    result = input_0 & {30{sel[0]}};
    result = result | ( input_1 & {30{sel[1]}});
    result = result | ( input_2 & {30{sel[2]}});
    MUX1HOT_v_30_3_2 = result;
  end
  endfunction


  function automatic [4:0] MUX1HOT_v_5_3_2;
    input [4:0] input_2;
    input [4:0] input_1;
    input [4:0] input_0;
    input [2:0] sel;
    reg [4:0] result;
  begin
    result = input_0 & {5{sel[0]}};
    result = result | ( input_1 & {5{sel[1]}});
    result = result | ( input_2 & {5{sel[2]}});
    MUX1HOT_v_5_3_2 = result;
  end
  endfunction


  function automatic [4:0] MUX1HOT_v_5_5_2;
    input [4:0] input_4;
    input [4:0] input_3;
    input [4:0] input_2;
    input [4:0] input_1;
    input [4:0] input_0;
    input [4:0] sel;
    reg [4:0] result;
  begin
    result = input_0 & {5{sel[0]}};
    result = result | ( input_1 & {5{sel[1]}});
    result = result | ( input_2 & {5{sel[2]}});
    result = result | ( input_3 & {5{sel[3]}});
    result = result | ( input_4 & {5{sel[4]}});
    MUX1HOT_v_5_5_2 = result;
  end
  endfunction


  function automatic [15:0] MUX_v_16_2_2;
    input [15:0] input_0;
    input [15:0] input_1;
    input [0:0] sel;
    reg [15:0] result;
  begin
    case (sel)
      1'b0 : begin
        result = input_0;
      end
      default : begin
        result = input_1;
      end
    endcase
    MUX_v_16_2_2 = result;
  end
  endfunction


  function automatic [29:0] MUX_v_30_2_2;
    input [29:0] input_0;
    input [29:0] input_1;
    input [0:0] sel;
    reg [29:0] result;
  begin
    case (sel)
      1'b0 : begin
        result = input_0;
      end
      default : begin
        result = input_1;
      end
    endcase
    MUX_v_30_2_2 = result;
  end
  endfunction


  function automatic [3:0] MUX_v_4_2_2;
    input [3:0] input_0;
    input [3:0] input_1;
    input [0:0] sel;
    reg [3:0] result;
  begin
    case (sel)
      1'b0 : begin
        result = input_0;
      end
      default : begin
        result = input_1;
      end
    endcase
    MUX_v_4_2_2 = result;
  end
  endfunction


  function automatic [4:0] MUX_v_5_2_2;
    input [4:0] input_0;
    input [4:0] input_1;
    input [0:0] sel;
    reg [4:0] result;
  begin
    case (sel)
      1'b0 : begin
        result = input_0;
      end
      default : begin
        result = input_1;
      end
    endcase
    MUX_v_5_2_2 = result;
  end
  endfunction


  function automatic [4:0] signext_5_4;
    input [3:0] vector;
  begin
    signext_5_4= {{1{vector[3]}}, vector};
  end
  endfunction


  function automatic [4:0] conv_u2s_4_5 ;
    input [3:0]  vector ;
  begin
    conv_u2s_4_5 =  {1'b0, vector};
  end
  endfunction

endmodule

// ------------------------------------------------------------------
//  Design Unit:    fir
// ------------------------------------------------------------------


module fir (
  clk, rst, coeffs_rsc_z, coeffs_rsc_triosy_lz, in1_rsc_dat, in1_rsc_triosy_lz, out1_rsc_dat,
      out1_rsc_triosy_lz
);
  input clk;
  input rst;
  input [511:0] coeffs_rsc_z;
  output coeffs_rsc_triosy_lz;
  input [15:0] in1_rsc_dat;
  output in1_rsc_triosy_lz;
  output [15:0] out1_rsc_dat;
  output out1_rsc_triosy_lz;


  // Interconnect Declarations
  wire [9:0] regs_rsci_adra_d;
  wire [1:0] regs_rsci_wea_d;
  wire [15:0] regs_rsci_da_d;
  wire [1:0] regs_rsci_rea_d;
  wire [31:0] regs_rsci_qa_d;
  wire [1:0] regs_rsci_rwportA_rw_ram_ir_internal_RMASK_B_d;
  wire [1:0] regs_rsci_rwportA_rw_ram_ir_internal_WMASK_B_d;
  wire [15:0] regs_rsc_qb;
  wire regs_rsc_reb;
  wire [15:0] regs_rsc_db;
  wire regs_rsc_web;
  wire [4:0] regs_rsc_adrb;
  wire [15:0] regs_rsc_qa;
  wire regs_rsc_rea;
  wire [15:0] regs_rsc_da;
  wire regs_rsc_wea;
  wire [4:0] regs_rsc_adra;


  // Interconnect Declarations for Component Instantiations 
  wire [31:0] nl_regs_rsci_da_d;
  assign nl_regs_rsci_da_d = {16'b0000000000000000 , regs_rsci_da_d};
  M10K_DP #(.data_width(32'sd16),
  .addr_width(32'sd5),
  .depth(32'sd32)) regs_rsc_comp (
      .clk(clk),
      .adra(regs_rsc_adra),
      .adrb(regs_rsc_adrb),
      .wea(regs_rsc_wea),
      .web(regs_rsc_web),
      .da(regs_rsc_da),
      .db(regs_rsc_db),
      .rea(regs_rsc_rea),
      .reb(regs_rsc_reb),
      .qa(regs_rsc_qa),
      .qb(regs_rsc_qb)
    );
  fir_Altera_M10K_M10K_DP_rwport_4_16_5_32_32_16_gen regs_rsci (
      .qb(regs_rsc_qb),
      .reb(regs_rsc_reb),
      .db(regs_rsc_db),
      .web(regs_rsc_web),
      .adrb(regs_rsc_adrb),
      .qa(regs_rsc_qa),
      .rea(regs_rsc_rea),
      .da(regs_rsc_da),
      .wea(regs_rsc_wea),
      .adra(regs_rsc_adra),
      .adra_d(regs_rsci_adra_d),
      .wea_d(regs_rsci_wea_d),
      .da_d(nl_regs_rsci_da_d[31:0]),
      .rea_d(regs_rsci_rea_d),
      .qa_d(regs_rsci_qa_d),
      .rwportA_rw_ram_ir_internal_RMASK_B_d(regs_rsci_rwportA_rw_ram_ir_internal_RMASK_B_d),
      .rwportA_rw_ram_ir_internal_WMASK_B_d(regs_rsci_rwportA_rw_ram_ir_internal_WMASK_B_d)
    );
  fir_core fir_core_inst (
      .clk(clk),
      .rst(rst),
      .coeffs_rsc_z(coeffs_rsc_z),
      .coeffs_rsc_triosy_lz(coeffs_rsc_triosy_lz),
      .in1_rsc_dat(in1_rsc_dat),
      .in1_rsc_triosy_lz(in1_rsc_triosy_lz),
      .out1_rsc_dat(out1_rsc_dat),
      .out1_rsc_triosy_lz(out1_rsc_triosy_lz),
      .regs_rsci_adra_d(regs_rsci_adra_d),
      .regs_rsci_wea_d(regs_rsci_wea_d),
      .regs_rsci_da_d(regs_rsci_da_d),
      .regs_rsci_rea_d(regs_rsci_rea_d),
      .regs_rsci_qa_d(regs_rsci_qa_d),
      .regs_rsci_rwportA_rw_ram_ir_internal_RMASK_B_d(regs_rsci_rwportA_rw_ram_ir_internal_RMASK_B_d),
      .regs_rsci_rwportA_rw_ram_ir_internal_WMASK_B_d(regs_rsci_rwportA_rw_ram_ir_internal_WMASK_B_d)
    );
endmodule